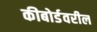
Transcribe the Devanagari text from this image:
कीबोर्डवरील